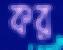
কর